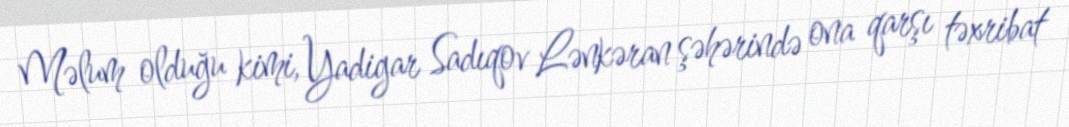
Məlum olduğu kimi, Yadigar Sadıqov Lənkəran şəhərində ona qarşı təxribat